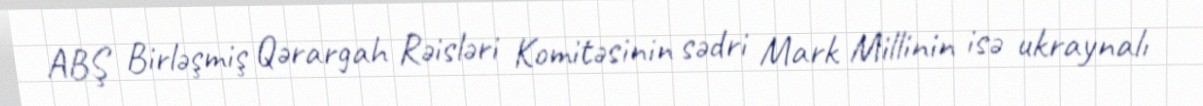
ABŞ Birləşmiş Qərargah Rəisləri Komitəsinin sədri Mark Millinin isə ukraynalı